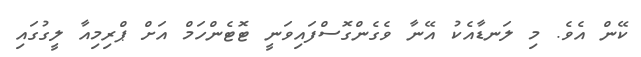
ކޭން އެވެ. މި ލަނޑާއެކު އޭނާ ވެގެންގޮސްފައިވަނީ ޓޮޓެންހަމް އަށް ޕްރިމިއާ ލީގުގައި